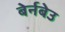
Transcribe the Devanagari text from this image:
बेर्नबेउ